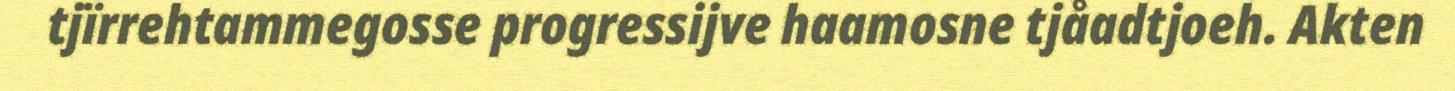
tjïrrehtammegosse progressijve haamosne tjåadtjoeh. Akten